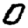
Digit: 0